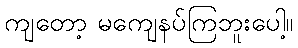
ကျတော့ မကျေနပ်ကြဘူးပေါ့။